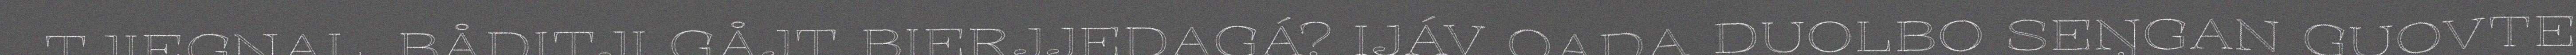
TJIEGŊAL. BÅDITJI GÅJT BIERJJEDAGÁ? IJÁV OADA DUOLBO SEŊGAN GUOVTE